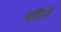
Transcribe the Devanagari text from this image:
भौंरों